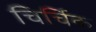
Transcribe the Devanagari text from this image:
चिर्चिक